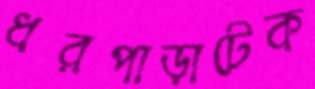
ধরপাড়াটেক